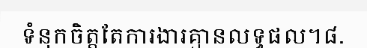
ទំនុកចិត្តតែការងារគ្មានលទ្ធផល។៨.